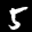
Label: 5